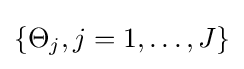
\{\Theta _{j},j=1,\dots ,J\}